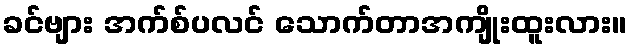
ခင်ဗျား အက်စ်ပလင် သောက်တာအကျိုးထူးလား။